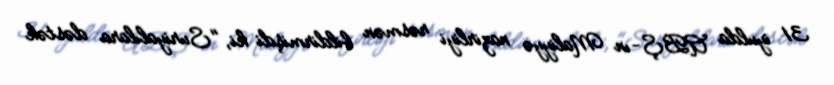
31 iyulda ABŞ-ın Maliyyə nazirliyi rəsmən bildirmişdi ki, "Suriyalılara dəstək